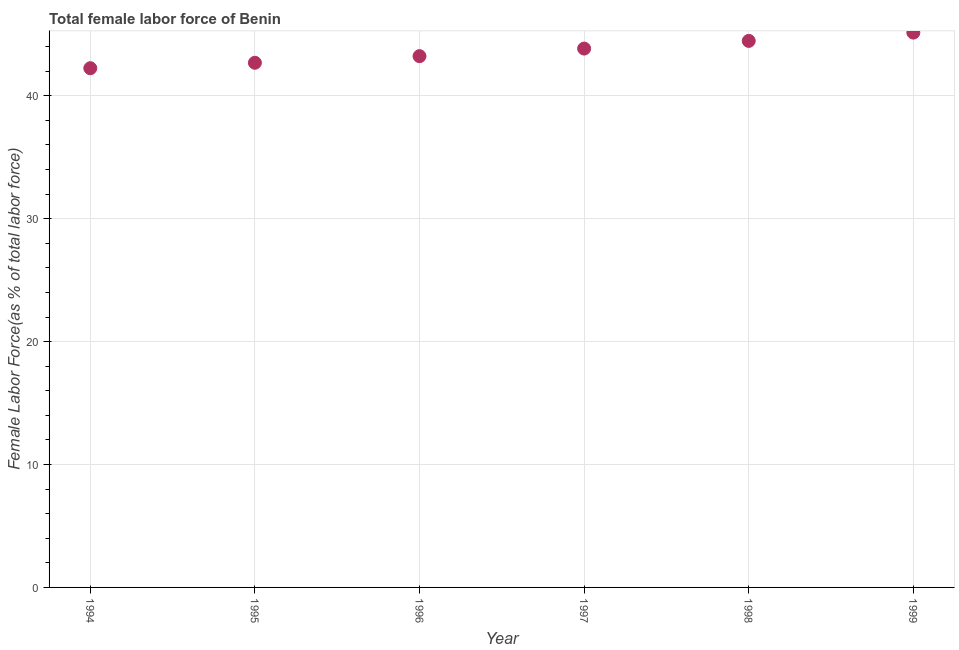
| Year | Female Labor force |
 | --- | --- |
 | 1994 | 42.2 |
 | 1995 | 42.7 |
 | 1996 | 43.2 |
 | 1997 | 43.8 |
 | 1998 | 44.5 |
 | 1999 | 45.1 |